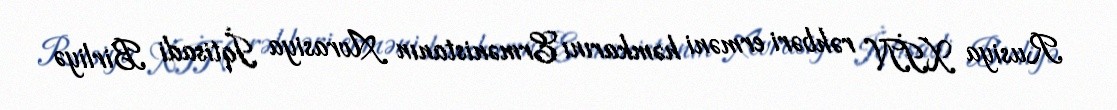
Rusiya XİN rəhbəri erməni həmkarını Ermənistanın Avrasiya İqtisadi Birliyə